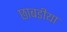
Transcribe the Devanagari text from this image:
छाबडीया